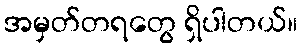
အမှတ်တရတွေ ရှိပါတယ်။